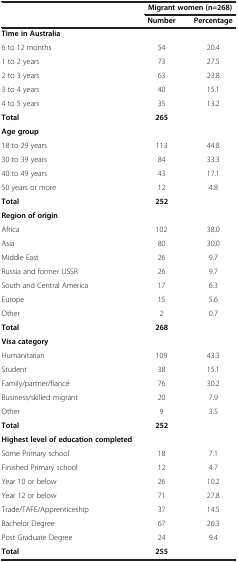
<table><thead><tr><td><b> </b></td><td colspan="2"><b>Migrant women (n=268)</b></td></tr><tr><td><b> </b></td><td><b>Number</b></td><td><b>Percentage</b></td></tr></thead><tbody><tr><td><b>Time in Australia</b></td><td> </td><td> </td></tr><tr><td>6 to 12 months</td><td>54</td><td>20.4</td></tr><tr><td>1 to 2 years</td><td>73</td><td>27.5</td></tr><tr><td>2 to 3 years</td><td>63</td><td>23.8</td></tr><tr><td>3 to 4 years</td><td>40</td><td>15.1</td></tr><tr><td>4 to 5 years</td><td>35</td><td>13.2</td></tr><tr><td><b>Total</b></td><td><b>265</b></td><td> </td></tr><tr><td><b>Age group</b></td><td> </td><td> </td></tr><tr><td>18 to 29 years</td><td>113</td><td>44.8</td></tr><tr><td>30 to 39 years</td><td>84</td><td>33.3</td></tr><tr><td>40 to 49 years</td><td>43</td><td>17.1</td></tr><tr><td>50 years or more</td><td>12</td><td>4.8</td></tr><tr><td><b>Total</b></td><td><b>252</b></td><td> </td></tr><tr><td><b>Region of origin</b></td><td> </td><td> </td></tr><tr><td>Africa</td><td>102</td><td>38.0</td></tr><tr><td>Asia</td><td>80</td><td>30.0</td></tr><tr><td>Middle East</td><td>26</td><td>9.7</td></tr><tr><td>Russia and former USSR</td><td>26</td><td>9.7</td></tr><tr><td>South and Central America</td><td>17</td><td>6.3</td></tr><tr><td>Europe</td><td>15</td><td>5.6</td></tr><tr><td>Other</td><td>2</td><td>0.7</td></tr><tr><td><b>Total</b></td><td><b>268</b></td><td> </td></tr><tr><td><b>Visa category</b></td><td> </td><td> </td></tr><tr><td>Humanitarian</td><td>109</td><td>43.3</td></tr><tr><td>Student</td><td>38</td><td>15.1</td></tr><tr><td>Family/partner/fiancé</td><td>76</td><td>30.2</td></tr><tr><td>Business/skilled migrant</td><td>20</td><td>7.9</td></tr><tr><td>Other</td><td>9</td><td>3.5</td></tr><tr><td><b>Total</b></td><td><b>252</b></td><td> </td></tr><tr><td><b>Highest level of education completed</b></td><td> </td><td> </td></tr><tr><td>Some Primary school</td><td>18</td><td>7.1</td></tr><tr><td>Finished Primary school</td><td>12</td><td>4.7</td></tr><tr><td>Year 10 or below</td><td>26</td><td>10.2</td></tr><tr><td>Year 12 or below</td><td>71</td><td>27.8</td></tr><tr><td>Trade/TAFE/Apprenticeship</td><td>37</td><td>14.5</td></tr><tr><td>Bachelor Degree</td><td>67</td><td>26.3</td></tr><tr><td>Post Graduate Degree</td><td>24</td><td>9.4</td></tr><tr><td><b>Total</b></td><td><b>255</b></td><td> </td></tr></tbody></table>